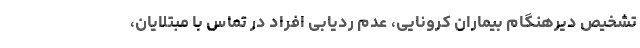
تشخیص دیرهنگام بیماران کرونایی، عدم ردیابی افراد در تماس با مبتلایان،